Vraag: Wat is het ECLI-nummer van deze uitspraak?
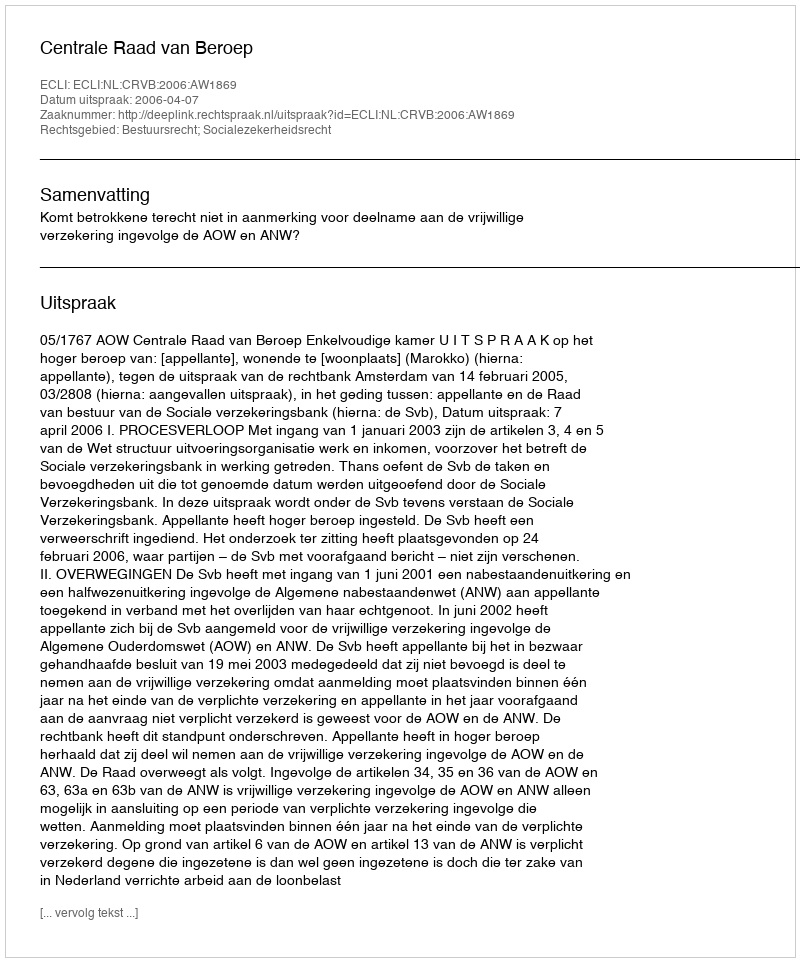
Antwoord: ECLI:NL:CRVB:2006:AW1869